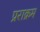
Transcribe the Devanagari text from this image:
प्रराक्रम